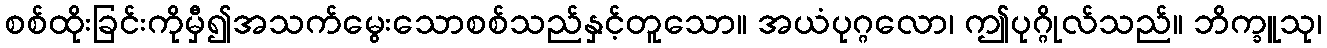
စစ်ထိုးခြင်းကိုမှီ၍အသက်မွေးသောစစ်သည်နှင့်တူသော။ အယံပုဂ္ဂလော၊ ဤပုဂ္ဂိုလ်သည်။ ဘိက္ခူသု၊